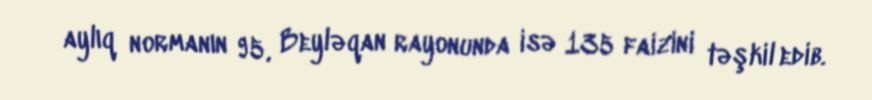
aylıq normanın 95, Beyləqan rayonunda isə 135 faizini təşkil edib.